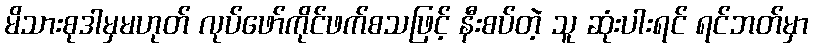
မိသားစုဒါမှမဟုတ် လုပ်ဖော်ကိုင်ဖက်စသဖြင့် နီးစပ်တဲ့ သူ ဆုံးပါးရင် ရင်ဘတ်မှာ